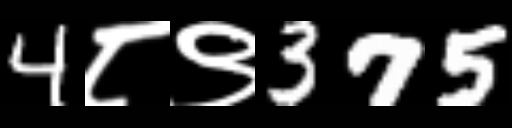
Text: 4८९375